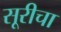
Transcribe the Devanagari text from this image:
सूरीचा